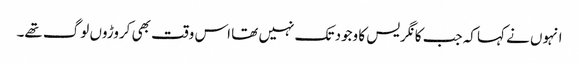
انہوں نے کہا کہ جب کانگریس کا وجود تک نہیں تھا اس وقت بھی کروڑوں لوگ تھے۔